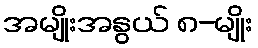
အမျိုးအနွယ် ၈-မျိုး